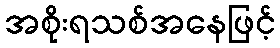
အစိုးရသစ်အနေဖြင့်